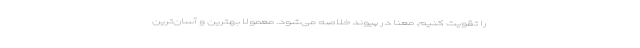
را تقویت کنیم. معنا در پیوند خلاصه می‌شود. معمولاً بهترین و آسان‌ترین